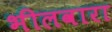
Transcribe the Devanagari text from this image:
भीलवारा